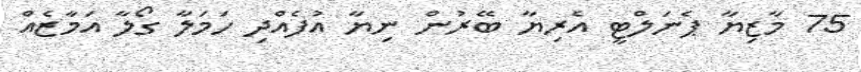
75 މާޒިޔާ ޕެނަލްޓީ އެރިޔާ ބޭރުން ނިޔާ އުފެއްދި ހަމަލާ ގޯލާ އަމާޒެއް